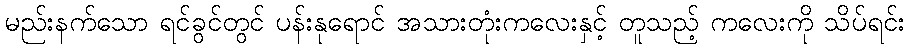
မည်းနက်သော ရင်ခွင်တွင် ပန်းနုရောင် အသားတုံးကလေးနှင့် တူသည့် ကလေးကို သိပ်ရင်း